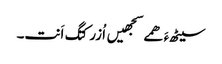
سیٹھءَ ھمے سجھیں اُزرکتگ اَنت۔